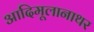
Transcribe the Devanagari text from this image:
आदिमूलानाथर